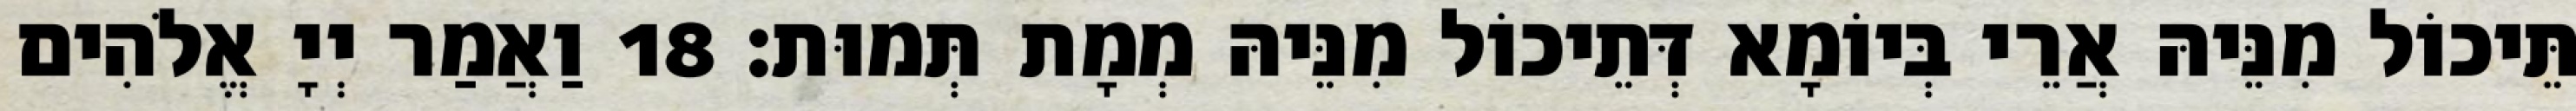
תֵּיכוֹל מִנֵּיהּ אֲרֵי בְּיוֹמָא דְּתֵיכוֹל מִנֵּיהּ מְמָת תְּמוּת׃ 18 וַאֲמַר יְיָ אֱלֹהִים